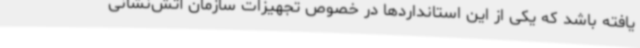
یافته باشد که یکی از این استانداردها در خصوص تجهیزات سازمان آتش‌نشانی